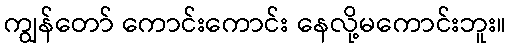
ကျွန်တော် ကောင်းကောင်း နေလို့မကောင်းဘူး။